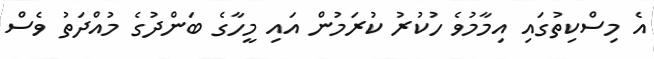
އެ މިސްކިތުގައި އިމާމުވެ ހުކުރު ކުރަމުން އައި މީހާގެ ބަންދުގެ މުއްދަތު ވެސް